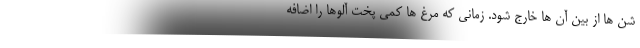
شن ها از بین آن ها خارج شود. زمانی که مرغ ها کمی پخت آلوها را اضافه